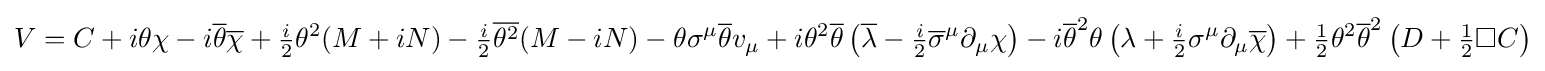
V=C+i\theta \chi -i{\overline {\theta }}{\overline {\chi }}+{\tfrac {i}{2}}\theta ^{2}(M+iN)-{\tfrac {i}{2}}{\overline {\theta ^{2}}}(M-iN)-\theta \sigma ^{\mu }{\overline {\theta }}v_{\mu }+i\theta ^{2}{\overline {\theta }}\left({\overline {\lambda }}-{\tfrac {i}{2}}{\overline {\sigma }}^{\mu }\partial _{\mu }\chi \right)-i{\overline {\theta }}^{2}\theta \left(\lambda +{\tfrac {i}{2}}\sigma ^{\mu }\partial _{\mu }{\overline {\chi }}\right)+{\tfrac {1}{2}}\theta ^{2}{\overline {\theta }}^{2}\left(D+{\tfrac {1}{2}}\Box C\right)